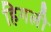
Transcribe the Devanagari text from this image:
हिगली